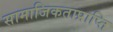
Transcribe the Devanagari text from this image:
सामाजिकताप्राप्ति